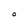
Character: O